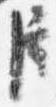
臣